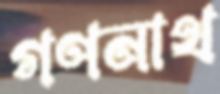
গণনাথ